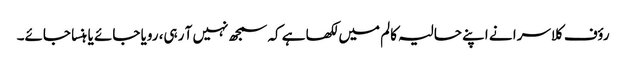
رؤف کلاسرا نے اپنے حالیہ کالم میں لکھا ہے کہ سمجھ نہیں آ رہی، رویا جائے یا ہنسا جائے۔